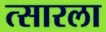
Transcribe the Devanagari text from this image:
त्सारला